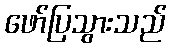
ဖော်ပြသွားသည်